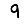
Digit: 9